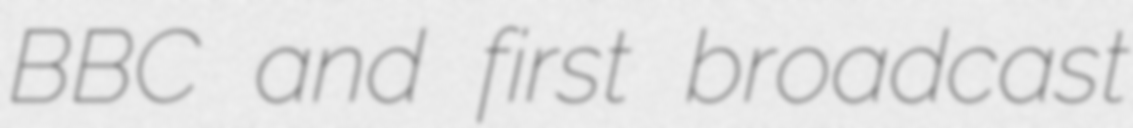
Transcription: BBC and first broadcast